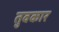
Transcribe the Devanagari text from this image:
तुवकार